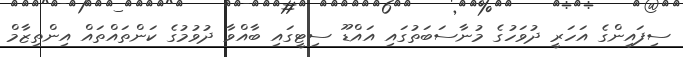
ސިފައިންގެ އަހަރީ ދުވަހުގެ މުނާސަބަތުގައި އައްޑޫ ސިޓީގައި ބާއްވާ ދުވުމުގެ ކަންތައްތައް އިންތިޒާމް